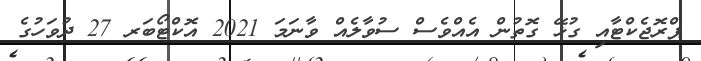
ޕްރޮޖެކްޓާއި ގުޅޭ ގޮތުން އެއްވެސް ސުވާލެއް ވާނަމަ 2021 އޮކްޓޯބަރ 27 ދުވަހުގެ